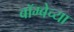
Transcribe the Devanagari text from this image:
बॉम्बेच्या